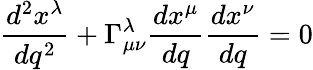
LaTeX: {\frac{d^{2}x^{\lambda}}{dq^{2}}}+\Gamma_{\mu\nu}^{\lambda}{\frac{dx^{\mu}}{dq}}{\frac{dx^{\nu}}{dq}}=0